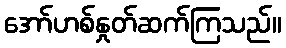
အော်ဟစ်နှုတ်ဆက်ကြသည်။